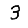
Digit: 3